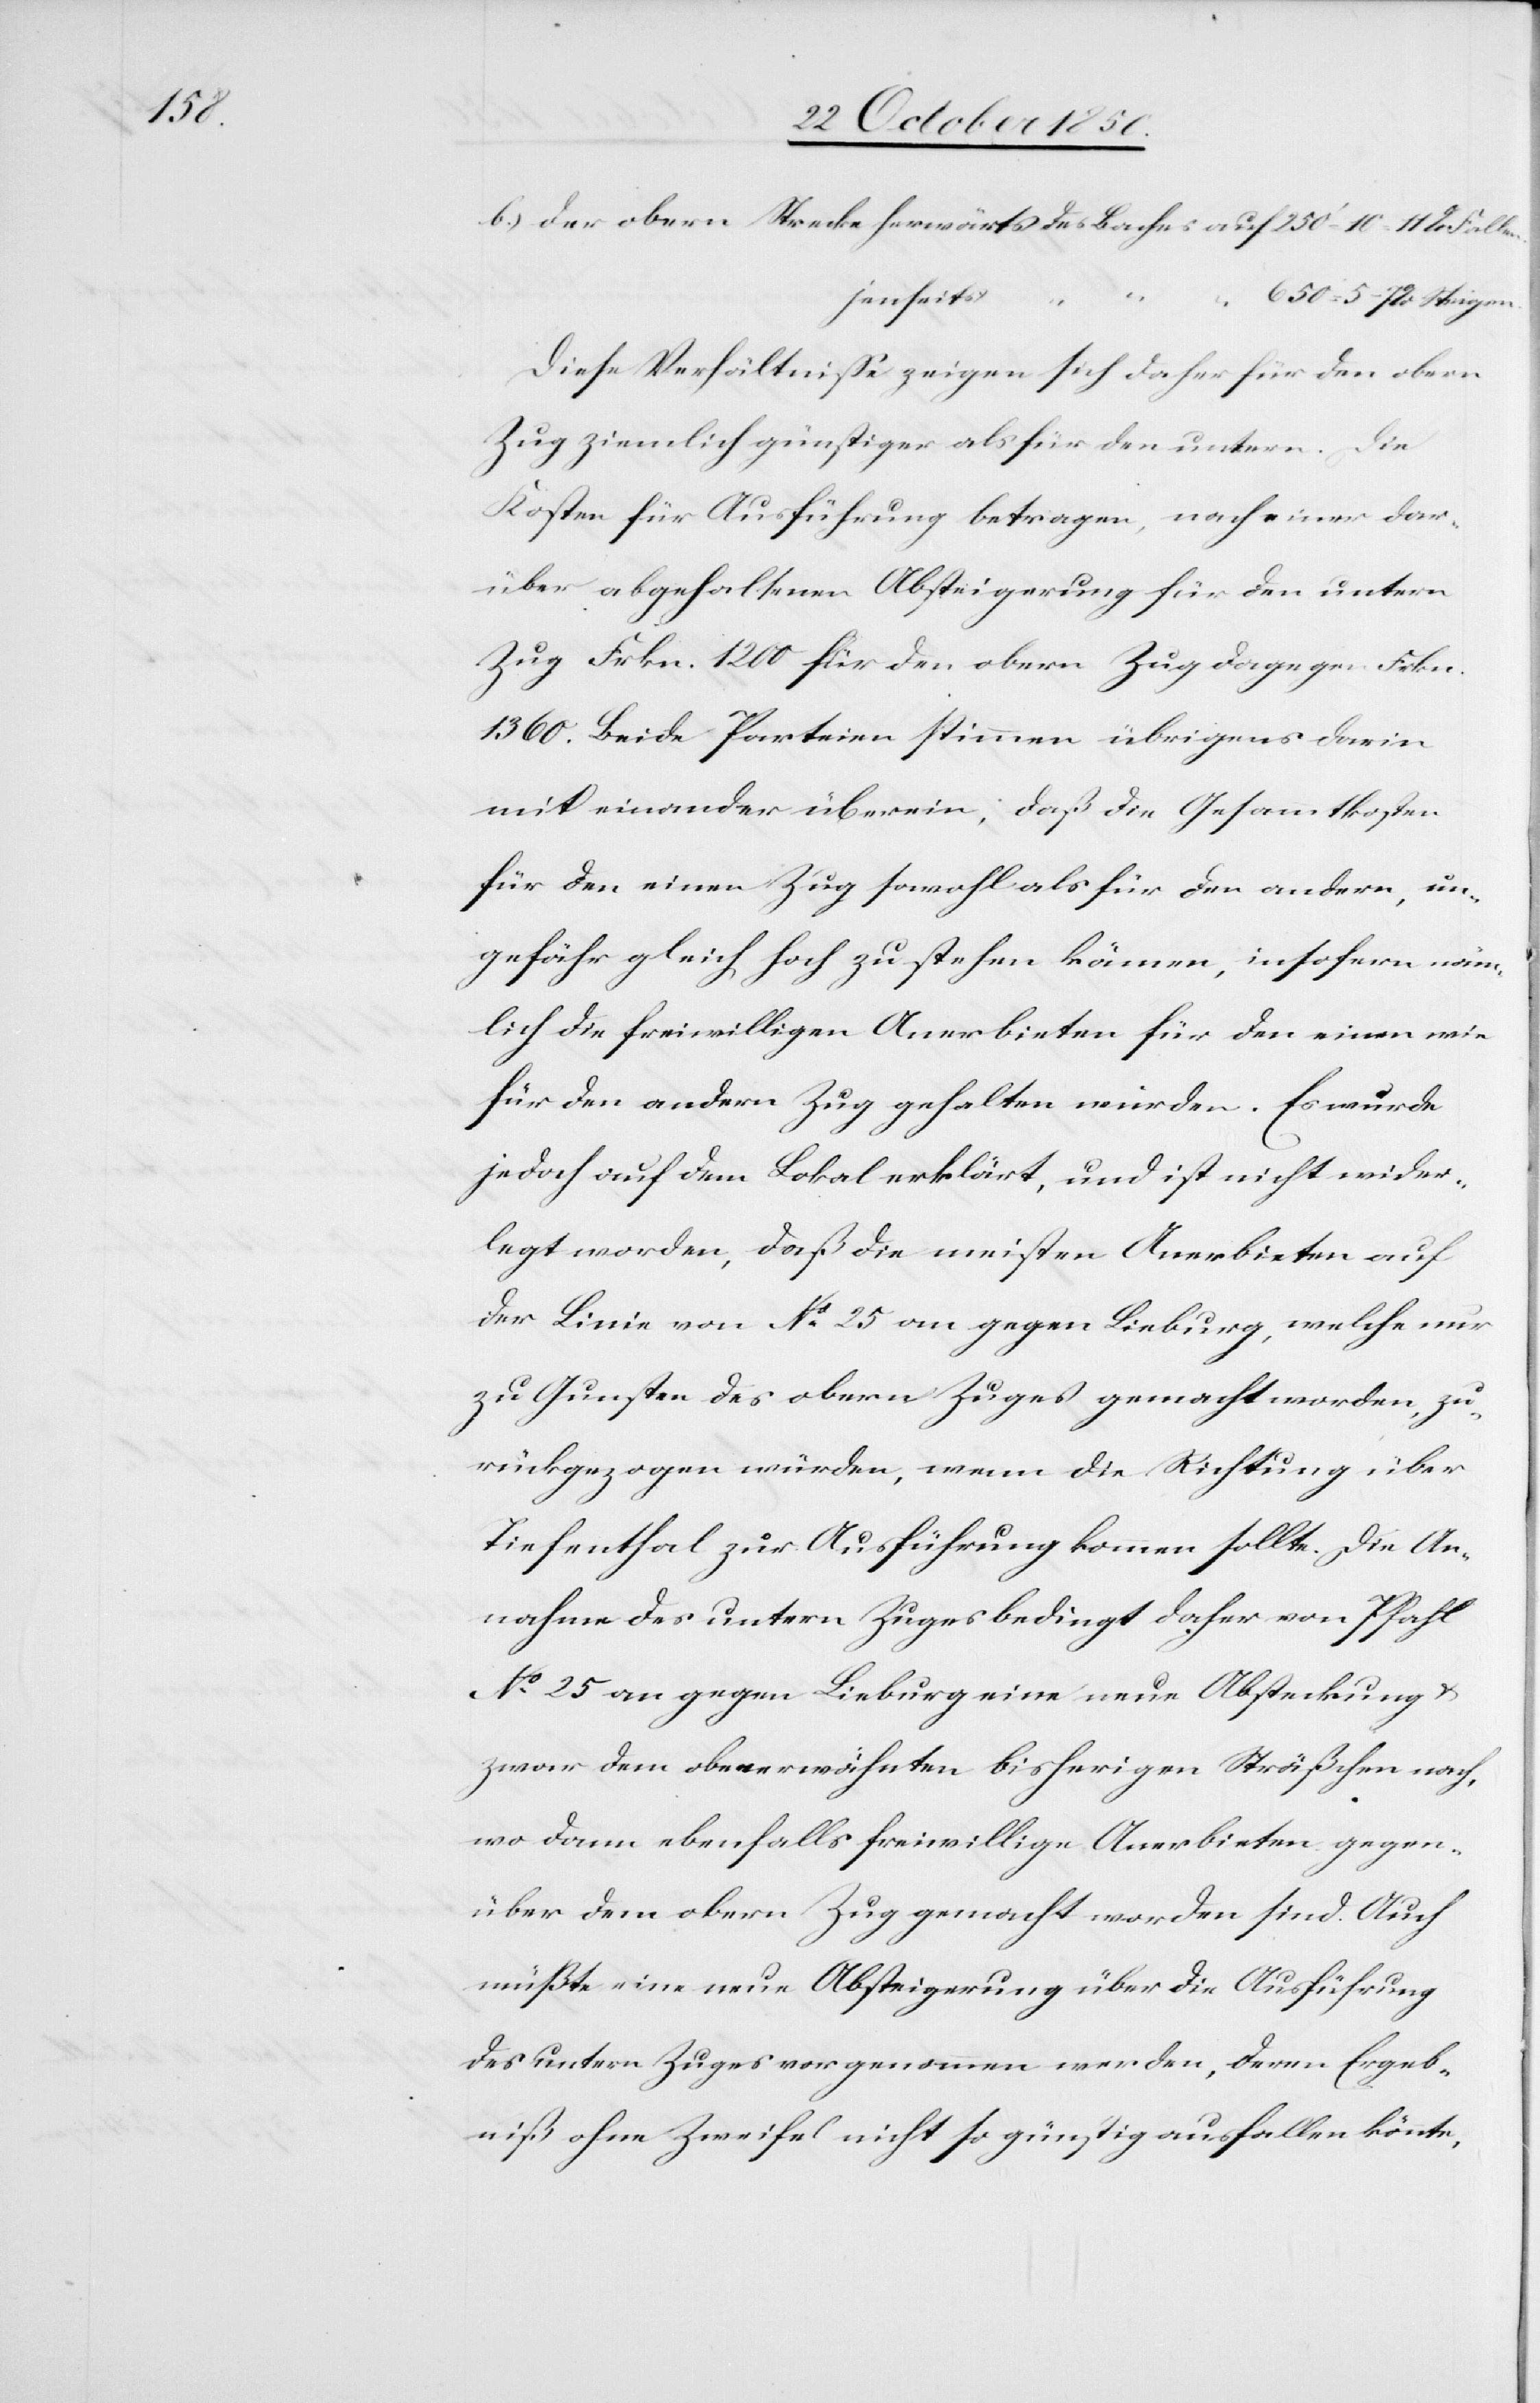
Steigen.

b.) der obern Strecke herwärts 	des Baches		auf	250‘ = 10–11 % Fallen.
jenseits
Diese Verhältnisse zeigen sich daher für den obern
Zug ziemlich günstiger als für den untern. Die
Kosten für Ausführung betragen, nach einer dar¬
über abgehaltenen Absteigerung für den untern
Zug Frkn. 1200 für den obern Zug dagegen Frkn.
1360. Beide Parteien stimmen übrigens darin
mit einander überein, daß die Gesammtkosten
für den einen Zug sowohl als für den andern, un¬
gefähr gleich hoch zu stehen kämen, insofern näm¬
lich die freiwilligen Anerbieten für den einen wie
für den andern Zug gehalten würden. Es wurde
jedoch auf dem Lokal erklärt, und ist nicht wider¬
legt worden, daß die meisten Anerbieten auf
der Linie von No 25 an gegen Lieburg, welche nur
zu Gunsten des obern Zuges gemacht worden, zu¬
rückgezogen würden, wenn die Richtung über
Tiefenthal zur Ausführung kommen sollte. Die An¬
nahme des untern Zuges bedingt daher von Pfahl
No 25 an gegen Lieburg eine neue Absteckung u.
zwar dem obenerwähnten bisherigen Sträßchen nach,
wo dann ebenfalls freiwillige Anerbieten gegen¬
über dem obern Zug gemacht worden sind. Auch
müßte eine neue Absteigerung über die Ausführung
des untern Zuges vorgenommen werden, deren Ergeb¬
niß ohne Zweifel nicht so günstig ausfallen könnte,